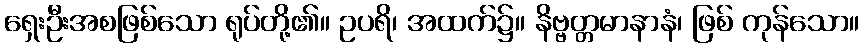
ရှေးဦးအစဖြစ်သော ရုပ်တို့၏။ ဥပရိ၊ အထက်၌။ နိဗ္ဗတ္တမာနာနံ၊ ဖြစ် ကုန်သော။